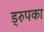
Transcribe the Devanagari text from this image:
ड्रुपका